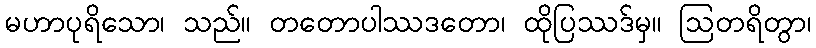
မဟာပုရိသော၊ သည်။ တတောပါဿဒတော၊ ထိုပြဿဒ်မှ။ ဩတရိတွာ၊